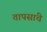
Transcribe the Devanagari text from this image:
तापसांचे